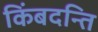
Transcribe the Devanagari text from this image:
किंबदन्ति